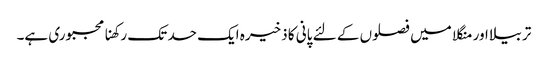
تربیلا اور منگلا میں فصلوں کے لئے پانی کا ذخیرہ ایک حد تک رکھنا مجبوری ہے۔